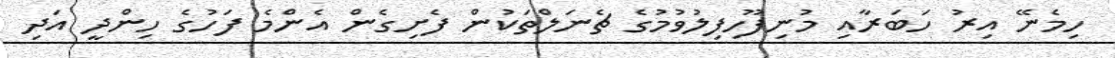
ހިމެނޭ އިރު ހަބަރާއި މުނިފޫހިފިލުވުމުގެ ޗެނަލްތަކުން ފެށިގެން އެންމެ ފަހުގެ ހިންދީ އަދި